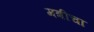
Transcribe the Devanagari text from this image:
मत्रीचा